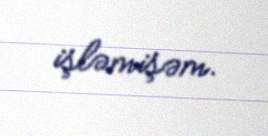
işləmişəm.